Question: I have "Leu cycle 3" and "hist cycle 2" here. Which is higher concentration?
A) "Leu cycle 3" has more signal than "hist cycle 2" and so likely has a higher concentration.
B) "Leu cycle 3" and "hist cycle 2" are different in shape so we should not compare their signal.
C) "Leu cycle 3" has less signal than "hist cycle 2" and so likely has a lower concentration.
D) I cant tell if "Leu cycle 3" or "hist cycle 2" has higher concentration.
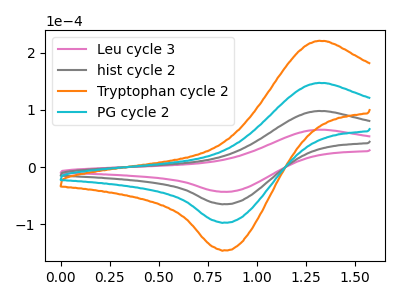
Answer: <think>The pink curve "Leu cycle 3" has an anodic peak at (1.30V, 65.45uA) and a cathodic peak at (0.85V, -43.05uA). The gray curve "hist cycle 2" has an anodic peak at (1.30V, 98.15uA) and a cathodic peak at (0.85V, -64.55uA). The orange curve "Tryptophan cycle 2" has an anodic peak at (1.30V, 294.50uA) and a cathodic peak at (0.85V, -193.70uA). The cyan curve "PG cycle 2" has an anodic peak at (1.30V, 196.30uA) and a cathodic peak at (0.85V, -129.15uA).
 All the peaks in "Leu cycle 3" have a peak in "hist cycle 2" at the same potential. Every peak in "Leu cycle 3" is lower than every peak in "hist cycle 2".</think>
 <answer>C) "Leu cycle 3" has less signal than "hist cycle 2" and so likely has a lower concentration.</answer>
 <eval>C</eval>